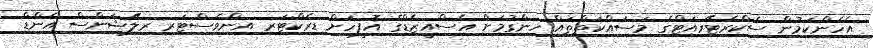
އެހެންކަމުން ސެކްރެޓޭރިއަޓްގެ މަސައްކަތްތައް ހިންގުމަށް އެސްއީޒެޑްގެ އޮފީހަށް ޑިރެކްޓަރ އިންވެސްޓަރ ރިލޭޝަންސް އެންޑް